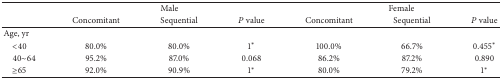
<table><thead><tr><td><b> </b></td><td colspan="3"><b>Male</b></td><td colspan="3"><b>Female</b></td></tr><tr><td><b> </b></td><td><b>Concomitant</b></td><td><b>Sequential</b></td><td><b><i>P</i> value </b></td><td><b>Concomitant</b></td><td><b>Sequential</b></td><td><b><i>P</i> value</b></td></tr></thead><tbody><tr><td>Age, yr</td><td> </td><td> </td><td> </td><td> </td><td> </td><td> </td></tr><tr><td> &lt;40</td><td>80.0%</td><td>80.0%</td><td>1<sup><i>∗</i></sup></td><td>100.0%</td><td>66.7%</td><td>0.455<sup><i>∗</i></sup></td></tr><tr><td> 40~64</td><td>95.2%</td><td>87.0%</td><td>0.068</td><td>86.2%</td><td>87.2%</td><td>0.890</td></tr><tr><td> ≥65</td><td>92.0%</td><td>90.9%</td><td>1<sup><i>∗</i></sup></td><td>80.0%</td><td>79.2%</td><td>1<sup><i>∗</i></sup></td></tr></tbody></table>